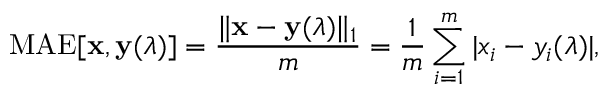
\mathrm { M A E } [ \mathbf { x } , \mathbf { y } ( \boldsymbol { \lambda } ) ] = \frac { \| \mathbf { x } - \mathbf { y } ( \boldsymbol { \lambda } ) \| _ { 1 } } { m } = \frac { 1 } { m } \sum _ { i = 1 } ^ { m } | x _ { i } - y _ { i } ( \boldsymbol { \lambda } ) | ,